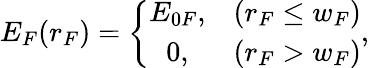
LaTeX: E_{F}(r_{F})=\left\{ \begin{array}{cl}{E_{0F},}&{(r_{F}\leq w_{F})}\\ {0,}&{(r_{F}>w_{F})}\end{array}\right.,